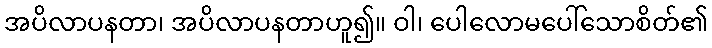
အပိလာပနတာ၊ အပိလာပနတာဟူ၍။ ဝါ၊ ပေါလောမပေါ်သောစိတ်၏